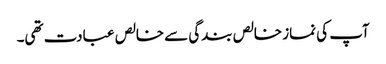
آپ کی نماز خالص بندگی سے خالص عبادت تھی۔